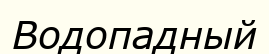
Водопадный